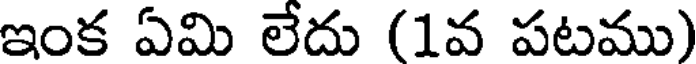
ఇంక ఏమి లేదు (1వ పటము)